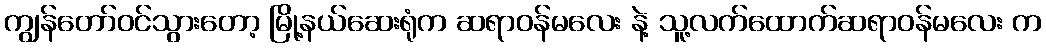
ကျွန်တော်ဝင်သွားတော့ မြို့နယ်ဆေးရုံက ဆရာဝန်မလေး နဲ့ သူ့လက်ထောက်ဆရာဝန်မလေး က